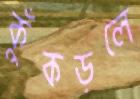
কুঁকড়লে